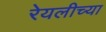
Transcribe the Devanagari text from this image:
रेयलीच्या